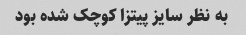
به نظر سایز پیتزا کوچک شده بود